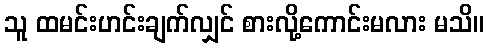
သူ ထမင်းဟင်းချက်လျှင် စားလို့ကောင်းမလား မသိ။